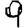
Digit: 9